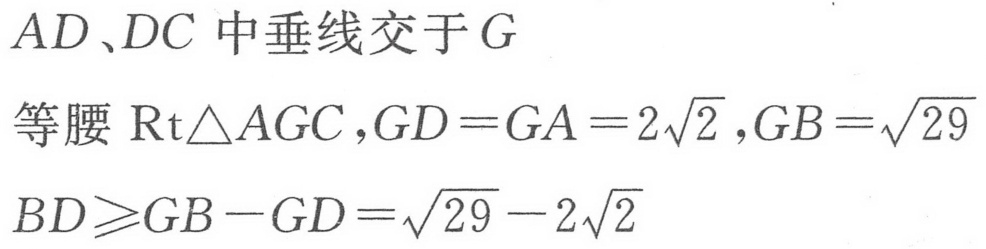
\(AD、DC\) 中垂线交于 \(G\)
等腰 \(\mathrm{Rt}\triangle AGC\), \(GD = GA = 2\sqrt{2}\), \(GB=\sqrt{29}\)
\(BD\geqslant GB - GD=\sqrt{29}-2\sqrt{2}\)